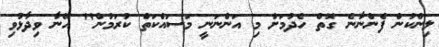
ލިންކުން ފެންނާނެ ގޮތް ހެދުމަށް މި އަންނަނީ މަސައްކަތް ކުރަމުން" އޭނާ ވިދާޅުވި